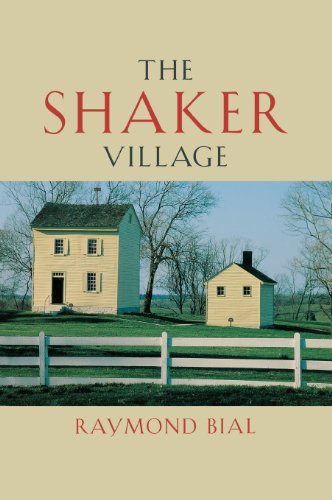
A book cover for The Shaker Village; Raymond Bial; Christian Books & Bibles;